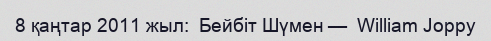
8 қаңтар 2011 жыл:  Бейбіт Шүмен —  William Joppy